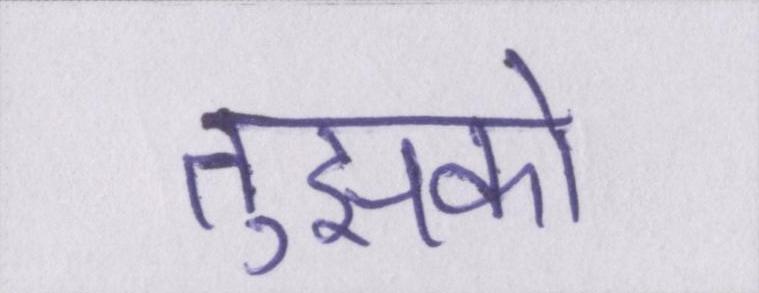
तुझको